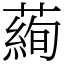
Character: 𦻖